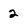
Character: 2